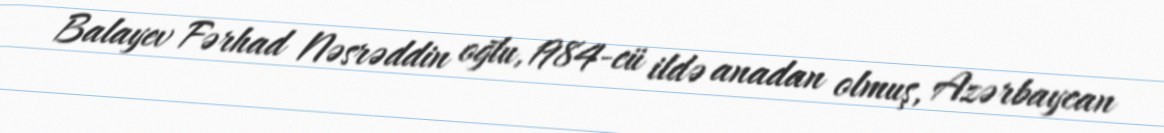
Balayev Fərhad Nəsrəddin oğlu, 1984-cü ildə anadan olmuş, Azərbaycan